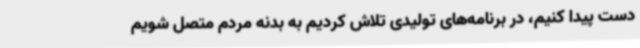
دست پیدا کنیم، در برنامه‌های تولیدی تلاش کردیم به بدنه مردم متصل شویم